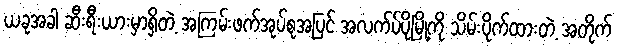
ယခုအခါ ဆီးရီးယားမှာရှိတဲ့ အကြမ်းဖက်အုပ်စုအပြင် အလက်ပ်ပိုမြို့ကို သိမ်းပိုက်ထားတဲ့ အတိုက်